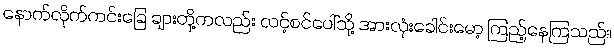
နောက်လိုက်ကင်းခြေ ချားတို့ကလည်း လင့်စင်ပေါ်သို့ အားလုံးခေါင်းမော့ ကြည့်နေကြသည်။